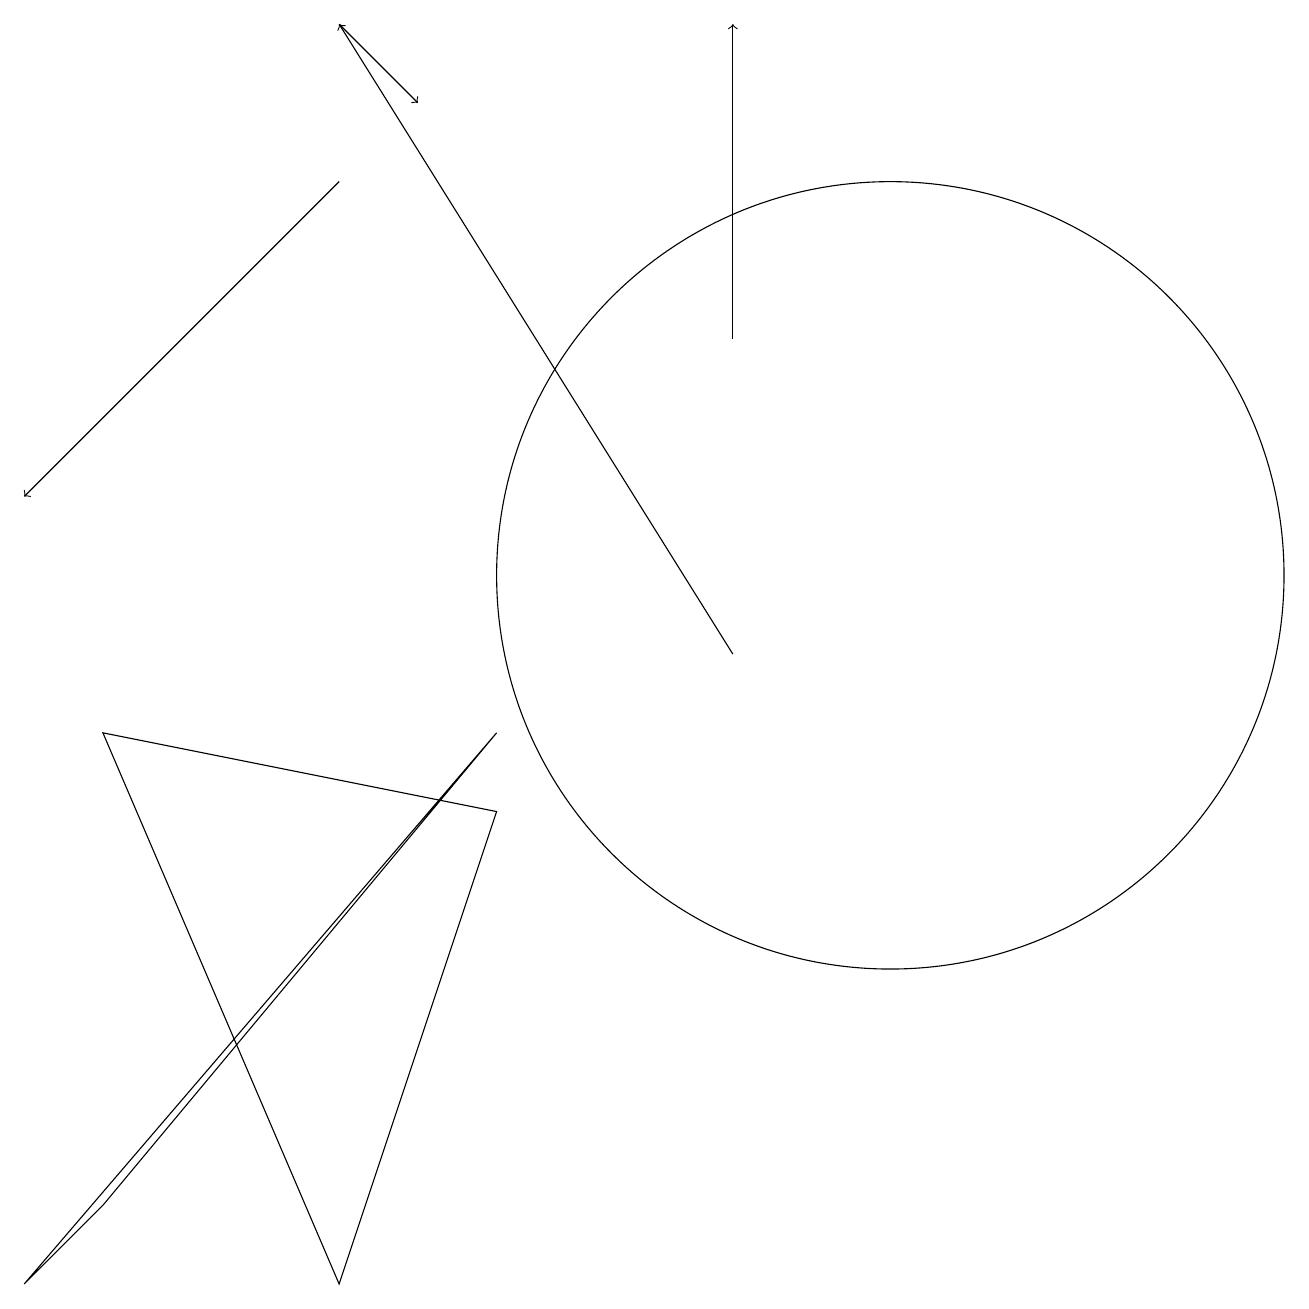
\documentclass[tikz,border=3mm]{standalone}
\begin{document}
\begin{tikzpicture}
\draw[->] (9,14) -- (9,18);
\draw[->] (4,16) -- (0,12);
\draw[->] (4,18) -- (5,17);
\draw (1,9) -- (4,2) -- (6,8) -- cycle;
\draw (11,11) circle (5);
\draw[->] (9,10) -- (4,18);
\draw (6,9) -- (0,2) -- (1,3) -- cycle;
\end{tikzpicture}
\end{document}